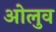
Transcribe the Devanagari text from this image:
ओलुव